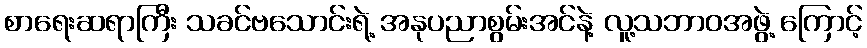
စာရေးဆရာကြီး သခင်ဗသောင်းရဲ့ အနုပညာစွမ်းအင်နဲ့ လူ့သဘာဝအဖွဲ့ ကြောင့်